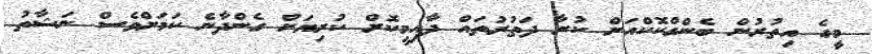
މީގެ އިތުރުން ބެންގްކޮކްއަށް ކުރާ ދަތުރުތައް ދާއިމީކޮށް ކުރިޔަށް ގެންދާނެ ކަމަށްވެސް ނަޝާތު